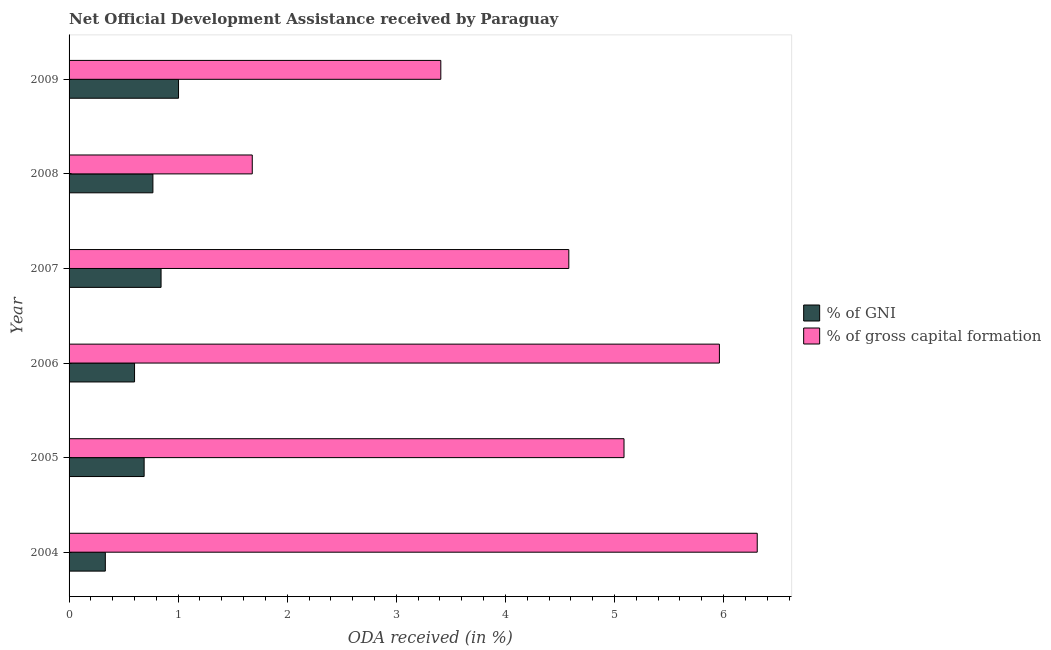
| Year | % of GNI | % of gross capital formation |
 | --- | --- | --- |
 | 2004 | 0.332 | 6.31 |
 | 2005 | 0.688 | 5.09 |
 | 2006 | 0.6 | 5.96 |
 | 2007 | 0.843 | 4.58 |
 | 2008 | 0.768 | 1.68 |
 | 2009 | 1 | 3.41 |